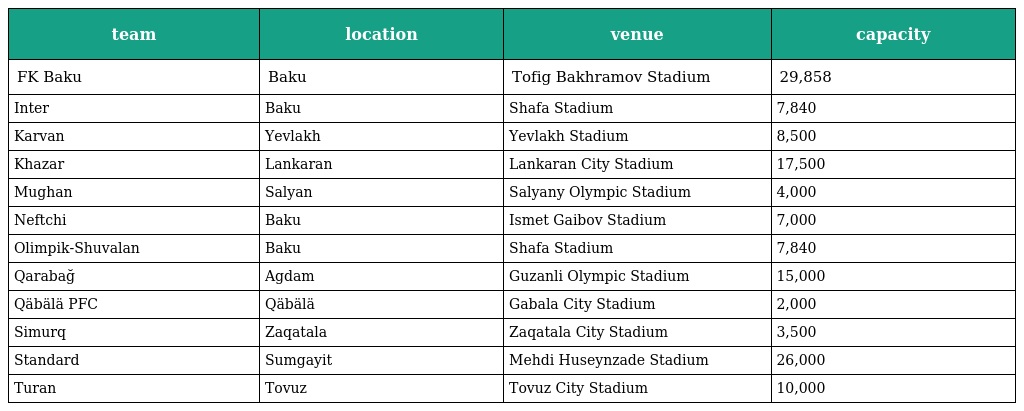
| team | location | venue | capacity |
 | --- | --- | --- | --- |
 | FK Baku | Baku | Tofig Bakhramov Stadium | 29,858 |
 | Inter | Baku | Shafa Stadium | 7,840 |
 | Karvan | Yevlakh | Yevlakh Stadium | 8,500 |
 | Khazar | Lankaran | Lankaran City Stadium | 17,500 |
 | Mughan | Salyan | Salyany Olympic Stadium | 4,000 |
 | Neftchi | Baku | Ismet Gaibov Stadium | 7,000 |
 | Olimpik-Shuvalan | Baku | Shafa Stadium | 7,840 |
 | Qarabağ | Agdam | Guzanli Olympic Stadium | 15,000 |
 | Qäbälä PFC | Qäbälä | Gabala City Stadium | 2,000 |
 | Simurq | Zaqatala | Zaqatala City Stadium | 3,500 |
 | Standard | Sumgayit | Mehdi Huseynzade Stadium | 26,000 |
 | Turan | Tovuz | Tovuz City Stadium | 10,000 |